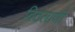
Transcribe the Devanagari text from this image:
विठलाणी